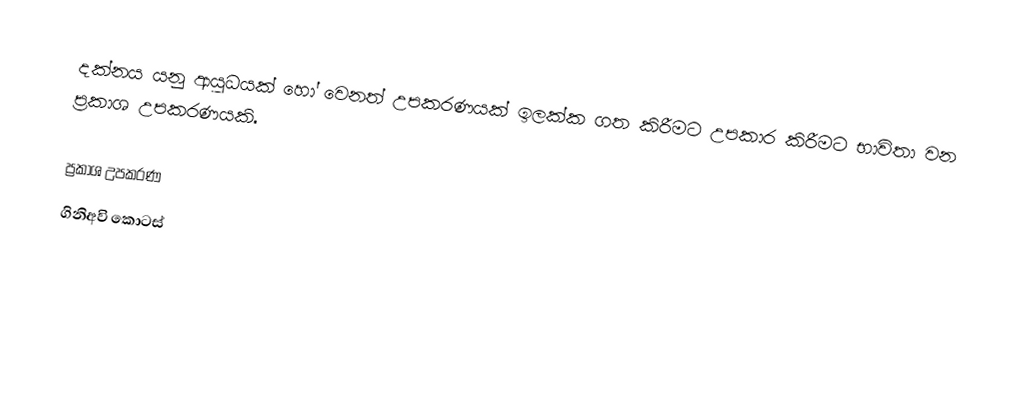
දක්නය යනු ආයුධයක් හෝ වෙනත් උපකරණයක් ඉලක්ක ගත කිරීමට උපකාර කිරීමට භාවිතා වන ප්‍රකාශ උපකරණයකි.

ප්‍රකාශ උපකරණ
ගිනිඅවි කොටස්